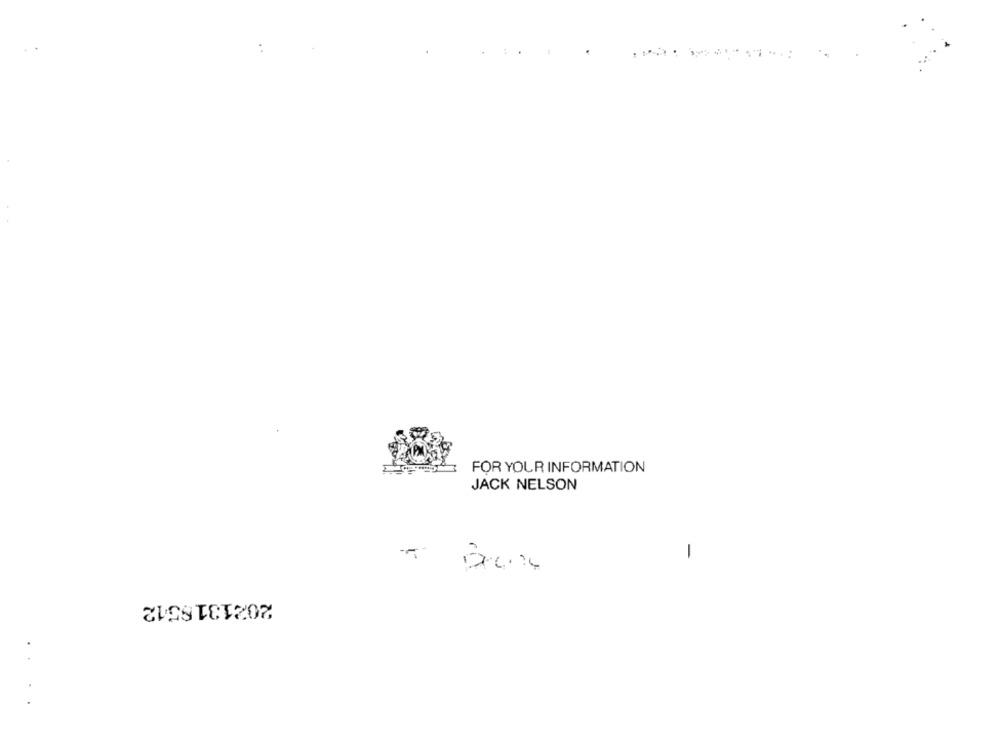
--------
FOR YOUR INFORMATION
JACK NELSON
1
2021319512
..